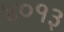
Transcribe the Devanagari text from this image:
४०१३